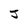
Character: J